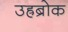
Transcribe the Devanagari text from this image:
उह्रब्रोक